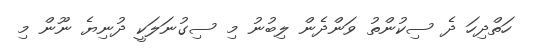
ހަތްދިހަ ދެ ސިކުންތު ވަންދެން ލިބުނު މި ސިގުނަލަކީ ދުނިޔެ ނޫން މި